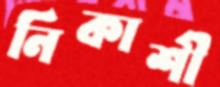
নিকাশী